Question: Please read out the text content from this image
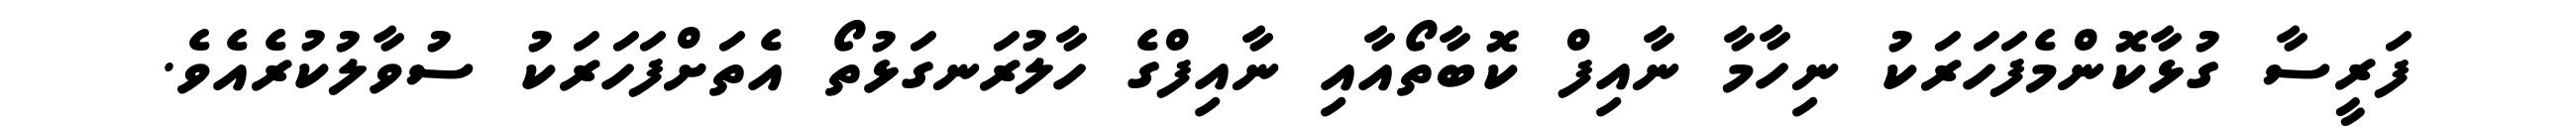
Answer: ފަރީސާ ގުޅާކޮންމެފަހަރަކު ނިހާމާ ނާއިފް ކޮބާތޯއާއި ނާއިފްގެ ހާލުރަނގަޅުތޯ އެތަށްފަހަރަކު ސުވާލުކުރެއެވެ.